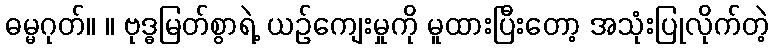
ဓမ္မဂုတ်။ ။ ဗုဒ္ဓမြတ်စွာရဲ့ ယဉ်ကျေးမှုကို မူထားပြီးတော့ အသုံးပြုလိုက်တဲ့